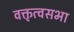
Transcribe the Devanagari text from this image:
वक्तृत्वसभा